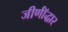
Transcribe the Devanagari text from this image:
जीर्णॉद्धार